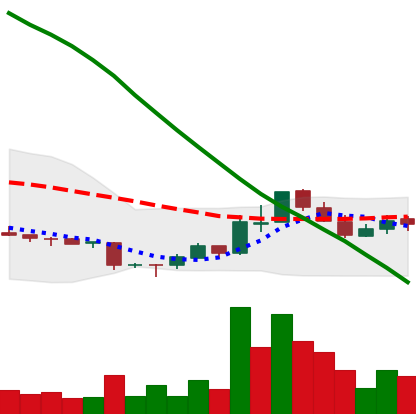
Ticker: ADA-USD
Chart end date: 2018-11-12
Forward return: -20.166%
Label: down_7plus